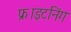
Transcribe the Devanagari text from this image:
फ्राइटनिंग